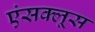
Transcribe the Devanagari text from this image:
एंसक्लूस